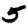
Digit: 5